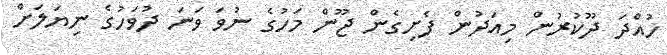
ހުއްދަ ދޫކުރުން މިއަދުން ފެށިގެން ޖޫން މަހުގެ ނުވަ ވަނަ ދުވަހުގެ ނިޔަލަށް